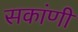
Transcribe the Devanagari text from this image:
सकांणी